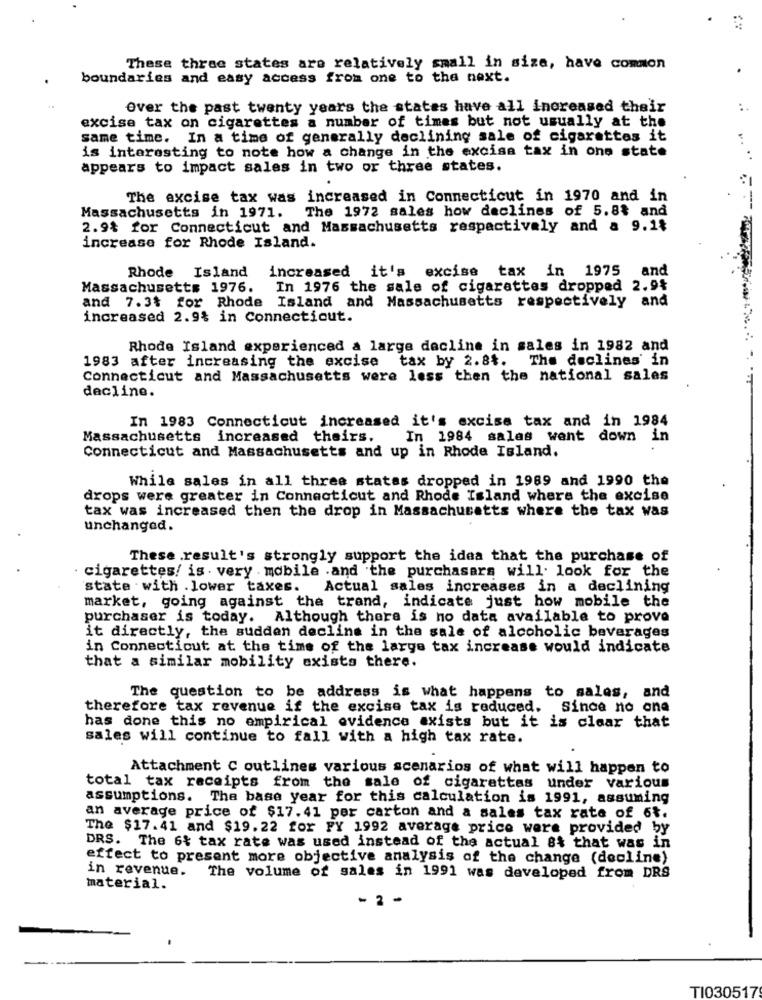
These three states are relatively small in size, have comnon
boundaries and easy access from one to the next.
Over the past twenty years the states have all increased their
excise tax on cigarettes a number of times but not usually at the
same time. In a time of generally declining sale of cigarettes it
is interesting to note how a change in the excise tax in one state
appears to impact sales in two or three states.
The excise tax was increased in Connecticut in 1970 and in
Massachusetts in 1971.
The 1972 sales how declines of 5.88 and
2.9% for Connecticut and Massachusetts respectively and a 9.14
increase for Rhode Island.
increased it's excise tax in 1975 and
Rhode Island
Massachusetts 1976.
In 1976 the sale of cigarettes dropped 2.9%
and 7.34 for Rhode Island and Massachusetts respectively and
increased 2.9% in Connecticut.
Rhode Island experienced a large decline in sales in 1982 and
1983 after increasing the excise tax by 2.84. The declines' in
Connecticut and Massachusetts were less then the national sales
decline.
In 1983 Connecticut increased it's excise tax and in 1984
Massachusetts increased theirs.
In 1984 salas went down in
Connecticut and Massachusetts and up in Rhode Island.
While sales in all three states dropped in 1989 and 1990 the
drops were greater in Connecticut and Rhode Island where the excise
tax was increased then the drop in Massachusetts where the tax was
unchanged.
These .result's strongly support the idea that the purchase of
cigarettes! is . very . mobile . and the purchasers will. look for the
state with . lower taxes.
Actual sales increases in a declining
market, going against the trand, indicate just how mobile the
purchaser is today. Although there is no data available to prove
it directly, the sudden decline in the sale of alcoholic beverages
in Connecticut at the time of the large tax increase would indicate
that a similar mobility exists there.
The question to be address is what happens to sales, and
therefore tax revenue if the excise tax is reduced. Since no one
has done this no empirical evidence axists but it is clear that
sales will continue to fall with a high tax rate.
Attachment C outlines various scenarios of what will happen to
total tax receipts from the sale of cigarettes under various
assumptions. The base year for this calculation is 1991, assuming
an average price of $17.41 per carton and a sales tax rate of 6t.
The $17.41 and $19. 22 for FY 1992 average price were provided by
DRS. The 6% tax rate was used instead of the actual 8& that was in
effect to present more objective analysis of the change (decline)
in revenue. The volume of sales in 1991 was developed from DRS
material.
- 2-
TI030517